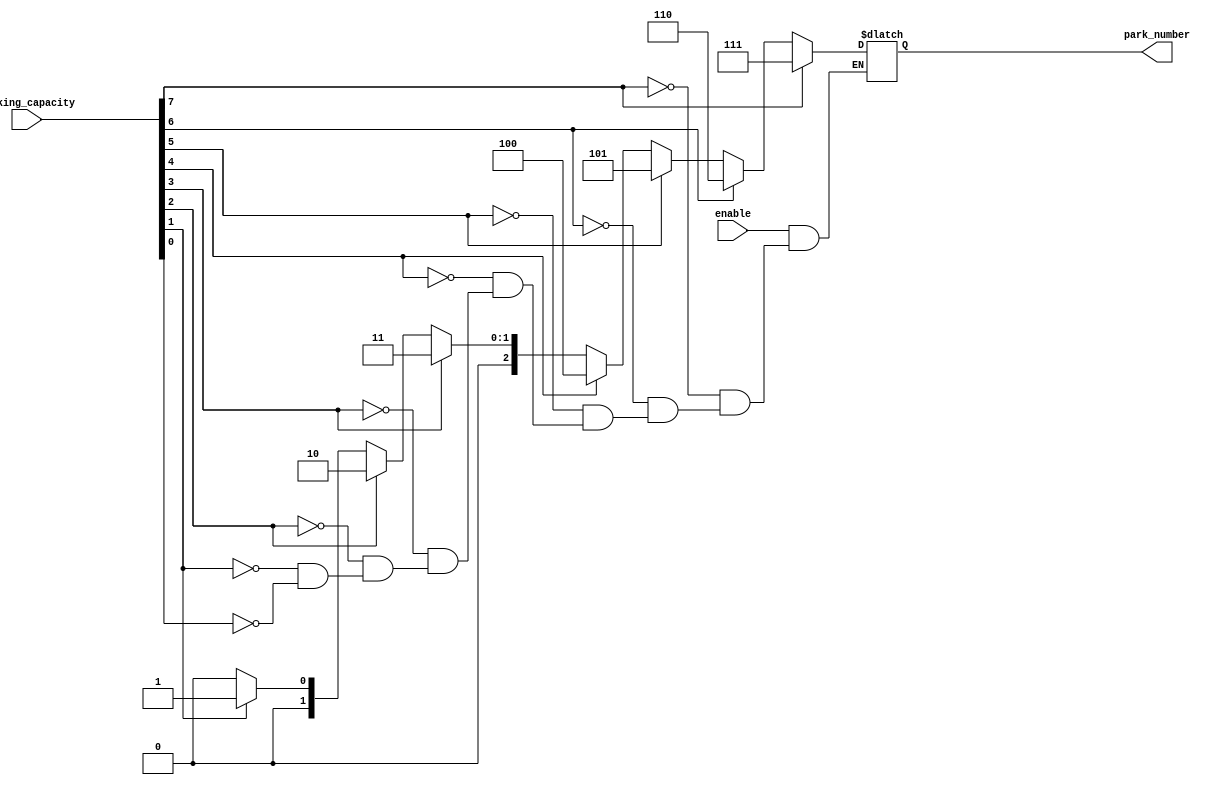
/*--  *******************************************************
--  Computer Architecture Course, Laboratory Sources 
--  Amirkabir University of Technology (Tehran Polytechnic)
--  Department of Computer Engineering (CE-AUT)
--  https://ce[dot]aut[dot]ac[dot]ir
--  *******************************************************
--  All Rights reserved (C) 2021-2022
--  *******************************************************
--  Student ID  : 
--  Student Name: 
--  Student Mail: 
--  *******************************************************
--  Additional Comments:
--
--*/

/*-----------------------------------------------------------
---  Module Name: park_space_number 
-----------------------------------------------------------*/
`timescale 1 ns/1 ns
module park_space_number(
 enable,
 parking_capacity,
 park_number);
input enable;
input [7:0] parking_capacity;
output [2:0] park_number;
reg [2:0] park_number_reg;
always @(parking_capacity or enable)
	begin
		if(enable) 
			begin
				if(parking_capacity[7])
					park_number_reg<=3'b111;
				else if(parking_capacity[6])
					park_number_reg<=3'b110;
				else if(parking_capacity[5])
					park_number_reg<=3'b101;
				else if(parking_capacity[4])
					park_number_reg<=3'b100;
				else if(parking_capacity[3])
					park_number_reg<=3'b011;
				else if(parking_capacity[2])
					park_number_reg<=3'b010;
				else if(parking_capacity[1])
					park_number_reg<=3'b001;
				else if(parking_capacity[0])
					park_number_reg<=3'b000;
			end
		else
			park_number_reg<=3'bzzz;
	end
assign park_number=park_number_reg;
endmodule